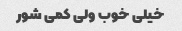
خیلی خوب ولی کمی شور